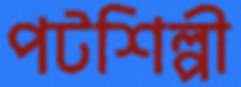
পটশিল্পী